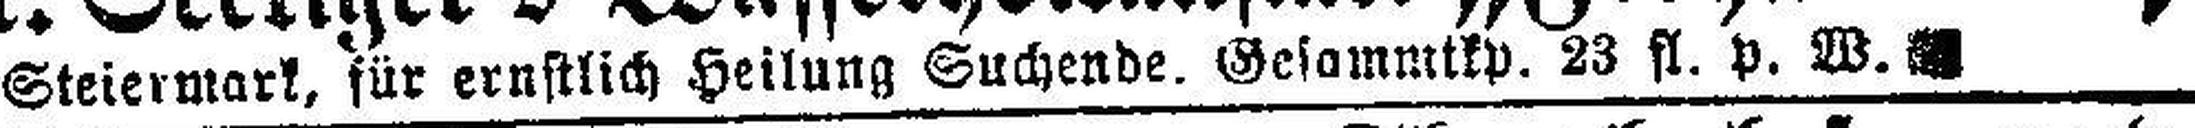
Steiermark, für ernstlich Heilung Suchende. Gesammtkp. 23 fl. p. W.